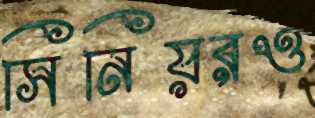
সিনিয়রও